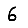
Digit: 6